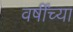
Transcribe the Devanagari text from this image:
वर्षींच्या